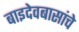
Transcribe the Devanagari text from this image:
बाइदेवबासांचे